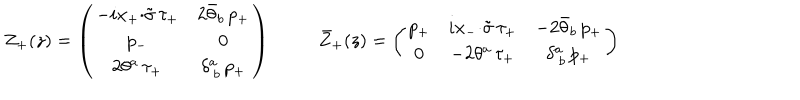
LaTeX: \begin{array} { c c } { { Z _ { + } ( z ) = \left( \begin{array} { c c } { { - i x _ { + } { \cdot \tilde { \sigma } } \, \tau _ { + } } } & { { 2 \bar { \theta } _ { b } \, p _ { + } } } \\ { { p _ { - } } } & { { 0 } } \\ { { 2 \theta ^ { a } \, \tau _ { + } } } & { { \delta _ { ~ b } ^ { a } \, p _ { + } } } \\ \end{array} \right) } } & { { \bar { Z } _ { + } ( z ) = \left( \begin{array} { c c c } { { p _ { + } } } & { { i x _ { - } { \cdot \tilde { \sigma } } \, \tau _ { + } } } & { { - 2 \bar { \theta } _ { b } \, p _ { + } } } \\ { { 0 } } & { { - 2 \theta ^ { a } \, \tau _ { + } } } & { { \delta _ { ~ b } ^ { a } \, p _ { + } } } \\ \end{array} \right) } } \\ \end{array}